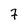
Character: 7